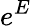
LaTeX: e^{E}